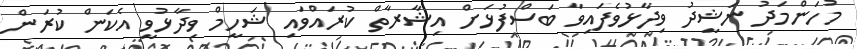
މުހަންމަދު ނަޝީދު ވިދާޅުވެފައިވާ ބަސްފުޅަށް އިޝާރާތް ކުރައްވައި ޝަހީމް ވިދާޅުވީ އެކަން ކުރަން